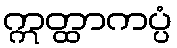
ဣတ္ထာကပ္ပံ